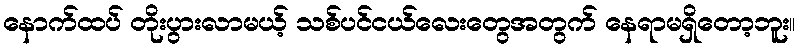
နောက်ထပ် တိုးပွားလာမယ့် သစ်ပင်ငယ်လေးတွေအတွက် နေရာမရှိတော့ဘူး။